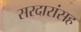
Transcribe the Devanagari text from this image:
सरदारांसह